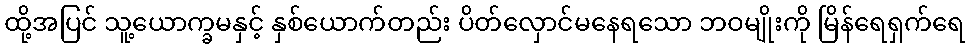
ထို့အပြင် သူ့ယောက္ခမနှင့် နှစ်ယောက်တည်း ပိတ်လှောင်မနေရသော ဘဝမျိုးကို မြိန်ရေရှက်ရေ